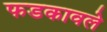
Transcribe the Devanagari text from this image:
फडकावले